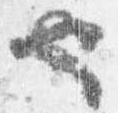
也